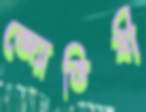
জ্যোতিষী